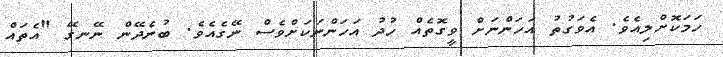
ހަމަކޮށްލިއެވެ. އެވަގުތު އަހަންނަށް ވީގޮތެއް ހުދު އަހަންނަކަށްވެސް ނޭގެއެވެ. ބުނެދޭން ނޭނގޭ "އެތައް